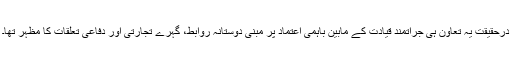
درحقیقت یہ تعاون ہی جراتمند قیادت کے مابین باہمی اعتماد پر مبنی دوستانہ روابط، گہرے تجارتی اور دفاعی تعلقات کا مظہر تھا۔